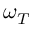
\omega _ { T }